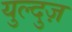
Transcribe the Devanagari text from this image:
युल्दुज़